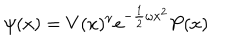
\psi ( x ) = V ( x ) ^ { \nu } e ^ { - \frac 1 2 \omega x ^ { 2 } } P ( x )